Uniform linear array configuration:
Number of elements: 4
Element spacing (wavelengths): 0.25
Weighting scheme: uniform
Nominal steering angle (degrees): -30
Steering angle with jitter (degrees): -28.916
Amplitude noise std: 0.05
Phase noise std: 0.05

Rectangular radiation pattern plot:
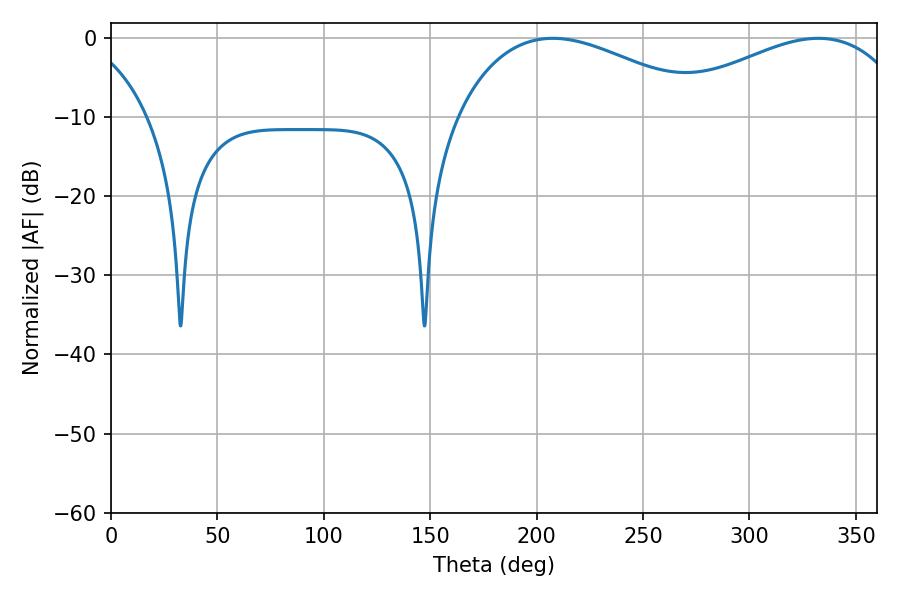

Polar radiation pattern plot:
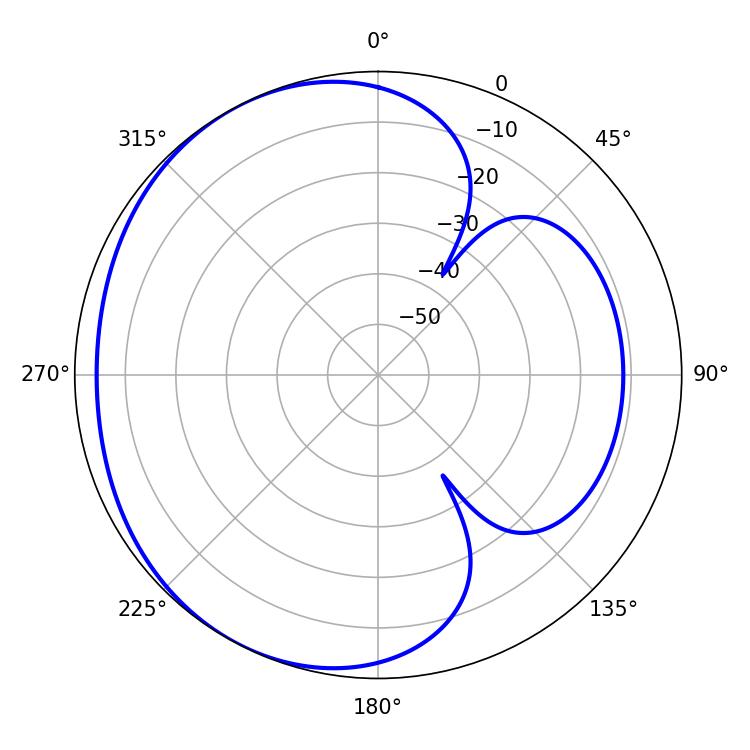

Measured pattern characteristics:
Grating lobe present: FALSE
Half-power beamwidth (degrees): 66.24
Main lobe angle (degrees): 207.72